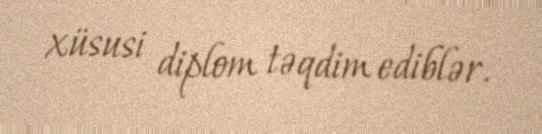
xüsusi diplom təqdim ediblər.